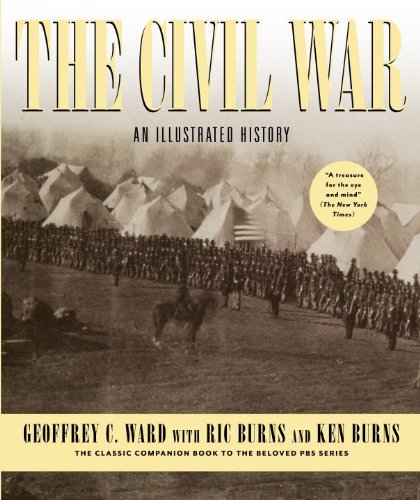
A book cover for The Civil War: An Illustrated History; Geoffrey C. Ward; Arts & Photography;